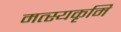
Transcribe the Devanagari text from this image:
मत्स्यकृमि